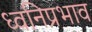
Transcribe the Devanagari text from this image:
ध्वनिप्रभाव